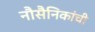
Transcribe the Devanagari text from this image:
नौसैनिकांची